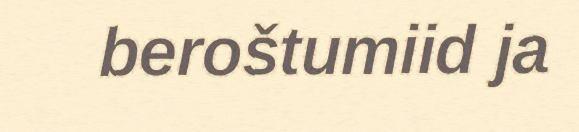
beroštumiid ja